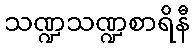
သဏ္ဍသဏ္ဍစာရိနီ